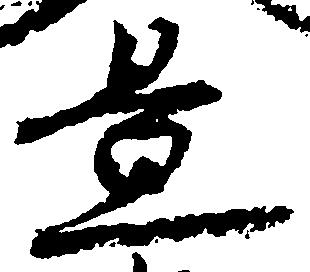
置